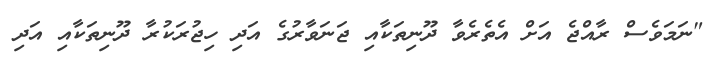
"ނަމަވެސް ރާއްޖެ އަށް އެތެރެވާ ދޫނިތަކާއި ޖަނަވާރުގެ އަދި ހިޖުރަކުރާ ދޫނިތަކާއި އަދި